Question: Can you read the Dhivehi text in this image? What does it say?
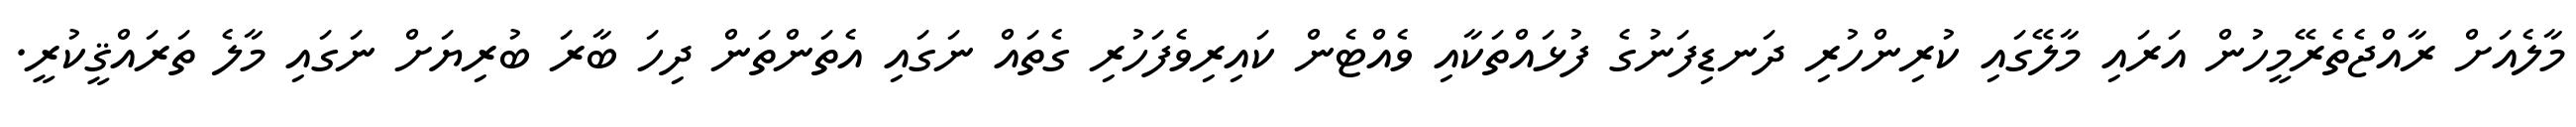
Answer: މާލެއަށް ރާއްޖެތެރޭމީހުން އަރައި މާލޭގައި ކުރިންހުރި ދަނޑިފަނުގެ ފުޅައްތަކާއި ވެއްޓެން ކައިރިވެފަހުރި ގެތައް ނަގައި އެތަންތަން ދިހަ ބާރަ ބުރިޔަށް ނަގައި މާލެ ތަރައްޤީކުރީ.